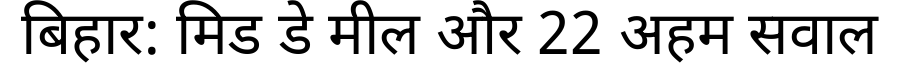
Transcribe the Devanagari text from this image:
बिहार: मिड डे मील और 22 अहम सवाल